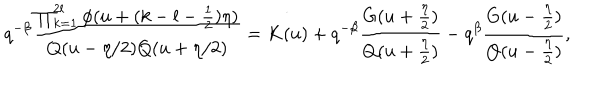
q ^ { - \beta } \frac { \prod _ { k = 1 } ^ { 2 l } \phi ( u + ( k - l - \frac 1 2 ) \eta ) } { Q ( u - \eta / 2 ) Q ( u + \eta / 2 ) } = K ( u ) + q ^ { - \beta } \frac { G ( u + \frac { \eta } { 2 } ) } { Q ( u + \frac { \eta } { 2 } ) } - q ^ { \beta } \frac { G ( u - \frac { \eta } { 2 } ) } { Q ( u - \frac { \eta } { 2 } ) } ,